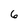
Character: 6